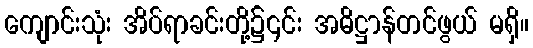
ကျောင်းသုံး အိပ်ရာခင်းတို့၌၎င်း အဓိဋ္ဌာန်တင်ဖွယ် မရှိ။